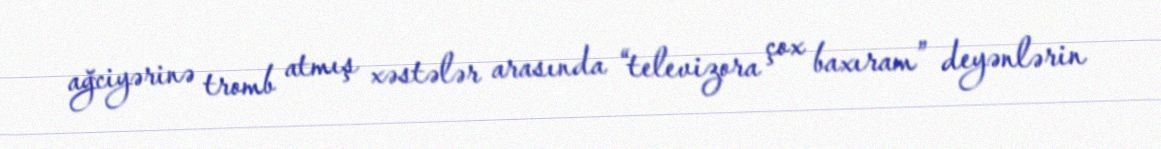
ağciyərinə tromb atmış xəstələr arasında “televizora çox baxıram” deyənlərin